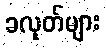
ခလုတ်များ